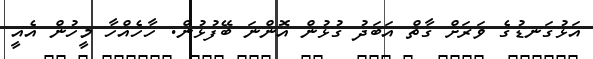
އަޅުގަނޑުގެ ވަރަށް ގާތް އަބަދު ގުޅުން އޮންނަ ބޭފުޅުން. ހާހެއްހާ މީހުން އެއީ